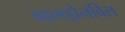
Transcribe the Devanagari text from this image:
वालड्रोनविल